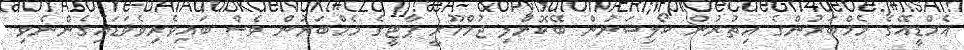
އެމްޑީއޭގެ މެމްބަރުންގެ އިތުރުން ކޯލިޝަނުން ބޭކޮށްލި ޖުމްހޫރީ ޕާޓީގެ މެމްބަރުން ވެސް ބައިވެރިވެވަޑައިގެންނެވި